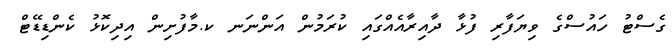
ގެސްޓު ހައުސްގެ ވިޔަފާރި ފުޅާ ދާއިރާއެއްގައި ކުރަމުން އަންނަނ ކ.މާފުށިން އިދިކޮޅު ކެންޑިޑޭޓް